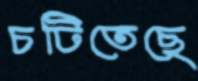
চটিতেছে